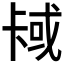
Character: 𫧳